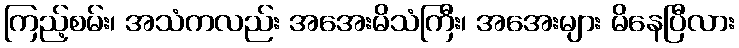
ကြည့်စမ်း၊ အသံကလည်း အအေးမိသံကြီး၊ အအေးများ မိနေပြီလား